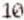
10